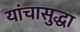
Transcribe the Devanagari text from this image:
यांचासुद्धा